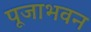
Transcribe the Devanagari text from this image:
पूजाभवन